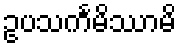
ဥပသင်္ကမိဿာမိ